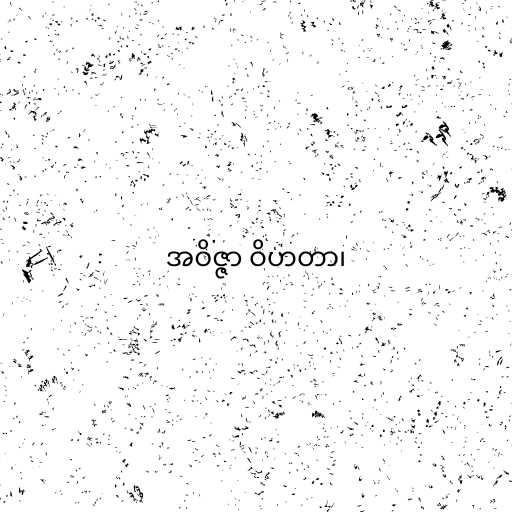
အဝိဇ္ဇာ ဝိဟတာ၊